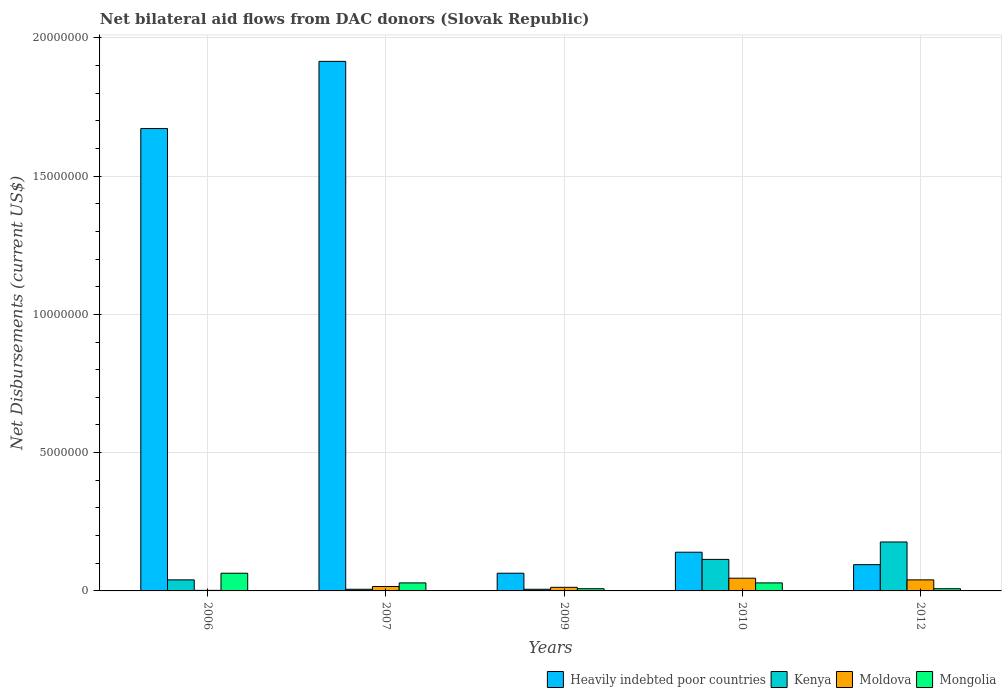
| Years | Heavily indebted poor countries | Kenya | Moldova | Mongolia |
 | --- | --- | --- | --- | --- |
 | 2006 | 1.67e+07 | 4e+05 | 2e+04 | 6.4e+05 |
 | 2007 | 1.92e+07 | 6e+04 | 1.6e+05 | 2.9e+05 |
 | 2009 | 6.4e+05 | 6e+04 | 1.3e+05 | 8e+04 |
 | 2010 | 1.4e+06 | 1.14e+06 | 4.6e+05 | 2.9e+05 |
 | 2012 | 9.5e+05 | 1.77e+06 | 4e+05 | 8e+04 |